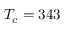
T _ { c } = 3 4 3